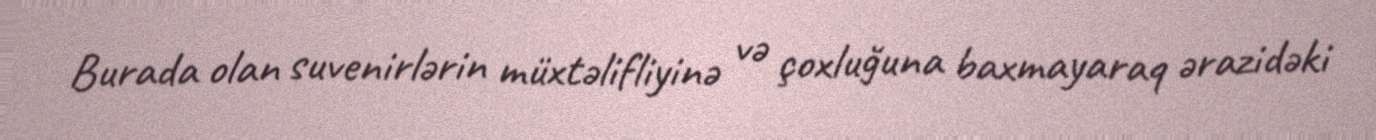
Burada olan suvenirlərin müxtəlifliyinə və çoxluğuna baxmayaraq ərazidəki